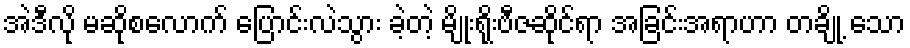
အဲဒီလို မဆိုစလောက် ပြောင်းလဲသွား ခဲ့တဲ့ မျိုးရိုးဗီဇဆိုင်ရာ အခြင်းအရာဟာ တချို့ သော